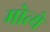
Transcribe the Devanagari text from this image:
मोत्ये